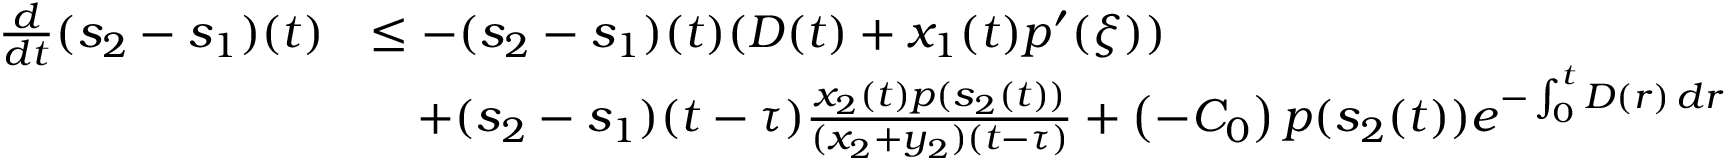
\begin{array} { r l } { \frac { d } { d t } ( s _ { 2 } - s _ { 1 } ) ( t ) } & { \leq - ( s _ { 2 } - s _ { 1 } ) ( t ) ( D ( t ) + x _ { 1 } ( t ) p ^ { \prime } ( \xi ) ) } \\ & { \quad + ( s _ { 2 } - s _ { 1 } ) ( t - \tau ) \frac { x _ { 2 } ( t ) p ( s _ { 2 } ( t ) ) } { ( x _ { 2 } + y _ { 2 } ) ( t - \tau ) } + \left( - C _ { 0 } \right) p ( s _ { 2 } ( t ) ) e ^ { - \int _ { 0 } ^ { t } D ( r ) \, d r } } \end{array}